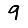
Digit: 9